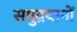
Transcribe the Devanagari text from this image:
समुद्रयानों